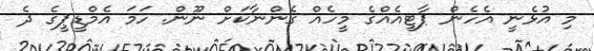
މި އުޅެނީ އެހެން ޕާޓީއެއްގެ މީހެއް ގެންނާކަށް ނޫން. ހަމަ އެމްޑީޕީގެ ދެ